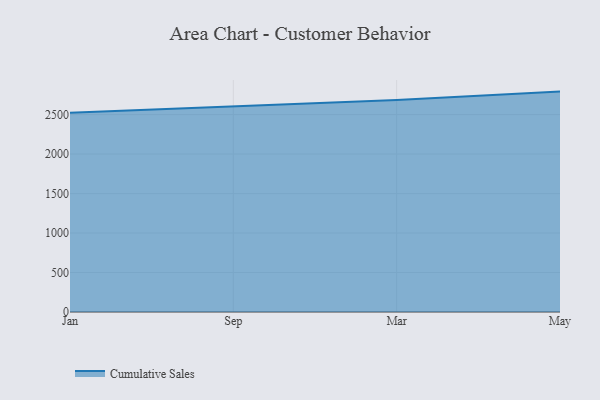
{"axis": {"x": "Month", "y": "Headcount"}, "legend": ["Cumulative Sales"], "data": [{"x": "Jan", "y": 2522.3, "type": "Cumulative Sales"}, {"x": "Sep", "y": 2599.8, "type": "Cumulative Sales"}, {"x": "Mar", "y": 2685.3, "type": "Cumulative Sales"}, {"x": "May", "y": 2790.7, "type": "Cumulative Sales"}]}